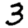
Digit: 3